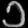
Digit: ၁